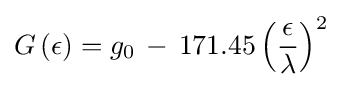
G\left(\epsilon \right)=g_{0}\,-\,171.45\left({\frac {\epsilon }{\lambda }}\right)^{2}